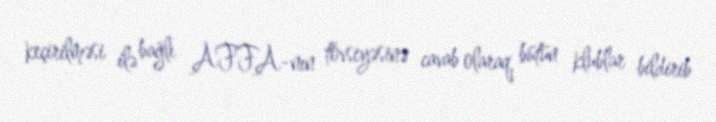
keçirilməsi ilə bağlı AFFA-nın tövsiyəsinə cavab olaraq, bütün klublar bildirib